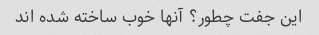
این جفت چطور؟ آنها خوب ساخته شده اند